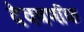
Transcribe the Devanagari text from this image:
देववर्णाक